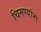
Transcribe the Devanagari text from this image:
चिमण्यांना